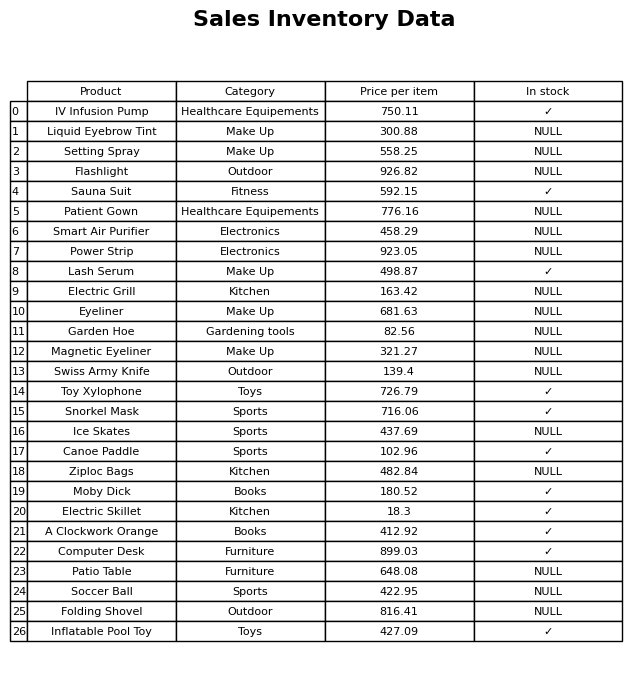
question: What is the stock status of the Toy Xylophone?
answer: ✓